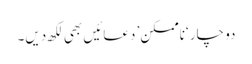
دو چار ‘ناممکن’ دعائیں بھی لکھ دیں۔